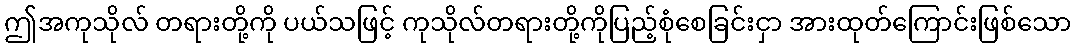
ဤအကုသိုလ် တရားတို့ကို ပယ်သဖြင့် ကုသိုလ်တရားတို့ကိုပြည့်စုံစေခြင်းငှာ အားထုတ်ကြောင်းဖြစ်သော